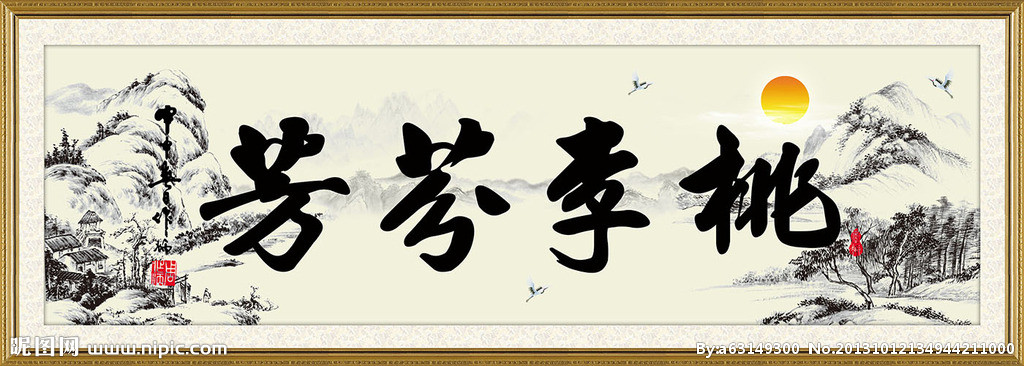
桃李务青春，谁能贯白日。